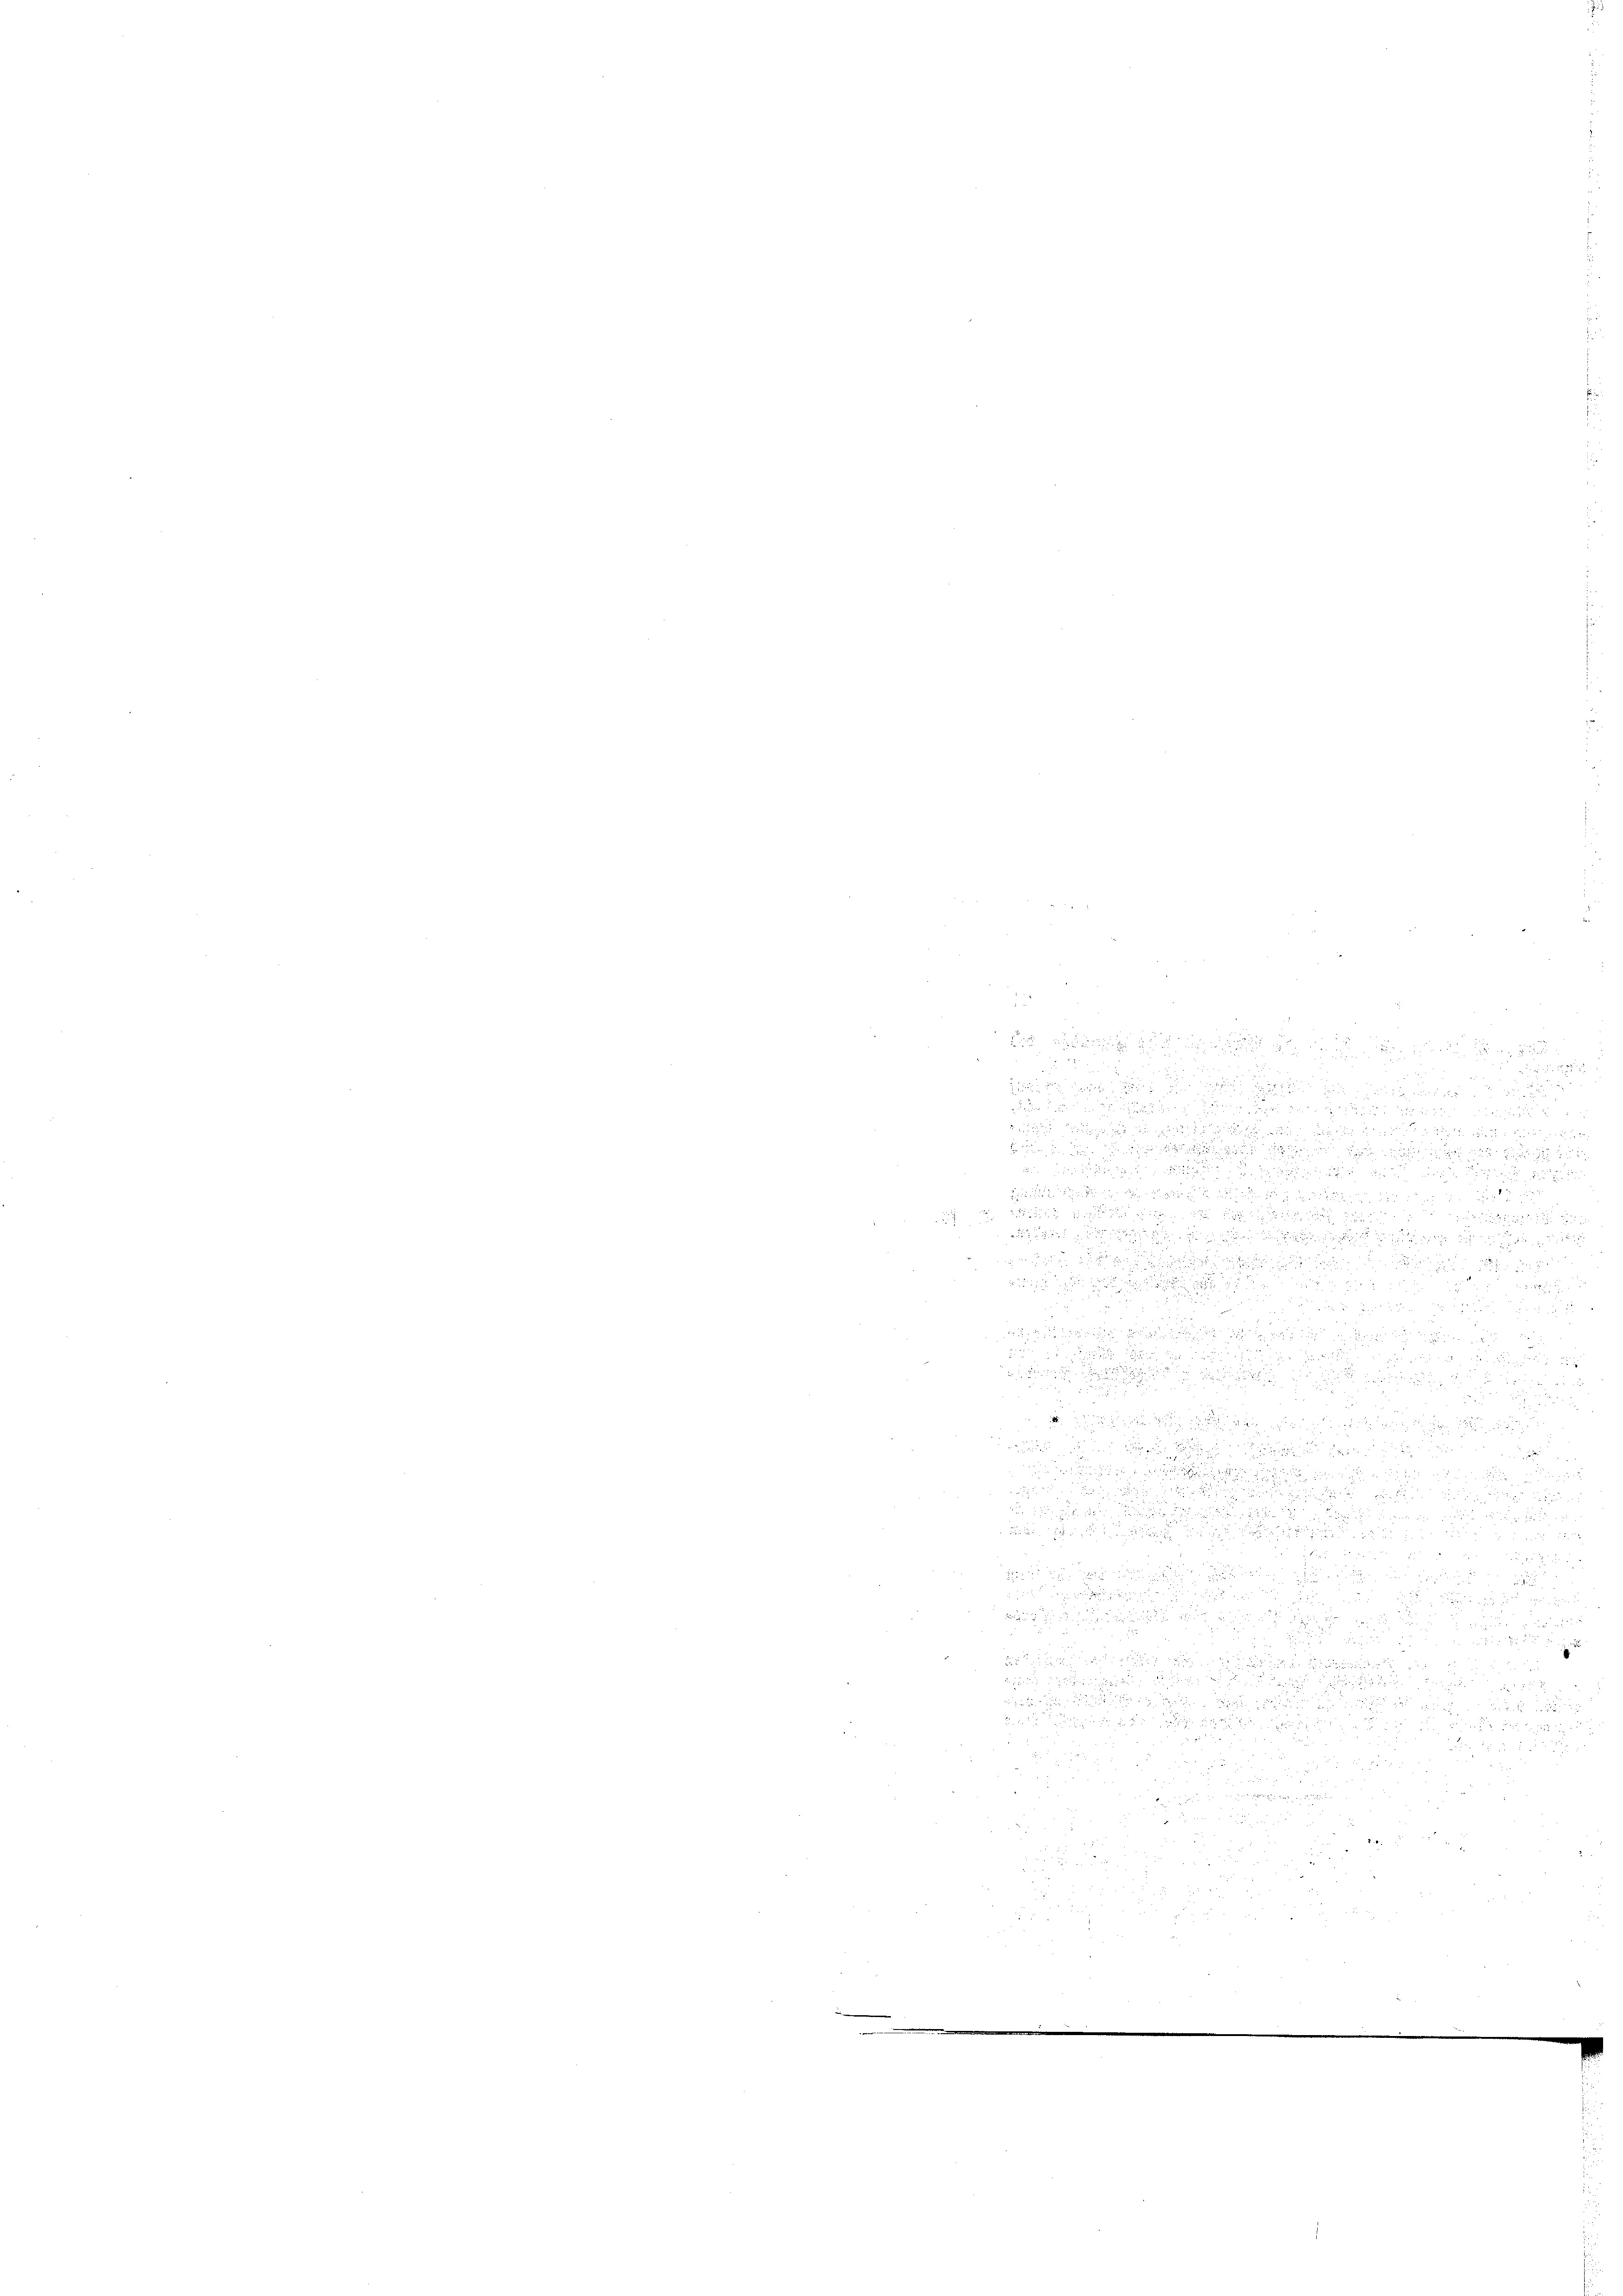
es

c
u

i
d

2xx
 x
aten an der

e

r

e

              den die au

1 x

u
d
2
u

.
u

.
.
 nun diesen, dann das

d                              zu

r

u
.

 2 2

u

.
 20 x

i

,

xxx

 55 x